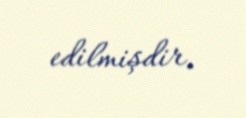
edilmişdir.